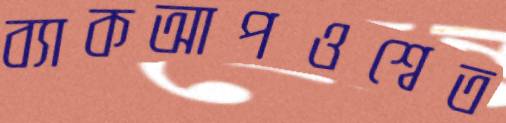
ব্যাকআপওশ্বেত